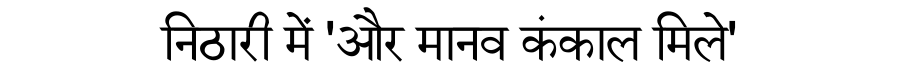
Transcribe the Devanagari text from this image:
निठारी में 'और मानव कंकाल मिले'